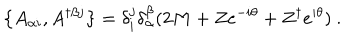
LaTeX: \left\{ A _ { \alpha i } , A ^ { \dagger \beta j } \right\} = \delta _ { i } ^ { j } \delta _ { \alpha } ^ { \beta } ( 2 M + Z e ^ { - i \theta } + Z ^ { \dagger } e ^ { i \theta } ) \ .